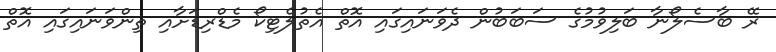
ރޭ ބާސެލޯނާ ބަލިވުމުގެ ސަބަބުން ދެވަނައިގައި އޮތް އެތުލެޓިކޯ މެޑްރިޑަށާއި ތިންވަނައިގައި އޮތް